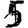
Digit: 5